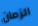
الزمان